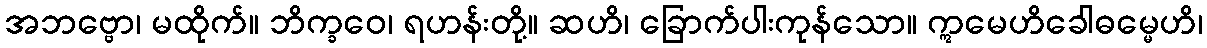
အဘဗ္ဗော၊ မထိုက်။ ဘိက္ခဝေ၊ ရဟန်းတို့။ ဆဟိ၊ ခြောက်ပါးကုန်သော။ ဣမေဟိခေါဓမ္မေဟိ၊